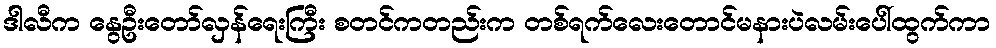
ဒါလီက နွေဦးတော်လှန်ရေးကြီး စတင်ကတည်းက တစ်ရက်လေးတောင်မနားပဲလမ်းပေါ်ထွက်ကာ